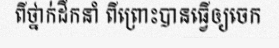
ពីថ្នាក់ដឹកនាំ ពីព្រោះបានធ្វើឲ្យចេក